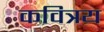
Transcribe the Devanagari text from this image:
कवित्रय